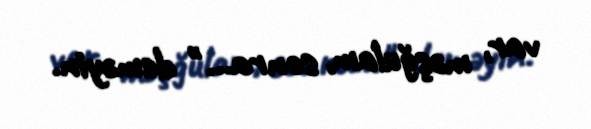
var, məşğulam, sonra..." deməyin.